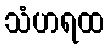
သံဟရထ